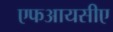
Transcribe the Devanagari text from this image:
एफआयसीए